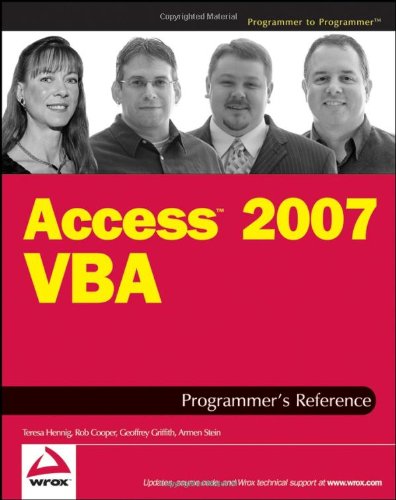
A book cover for Access 2007 VBA Programmer's Reference; Teresa Hennig; Computers & Technology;